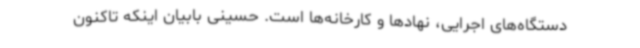
دستگاه‌های اجرایی، نهادها و کارخانه‌ها است. حسینی بابیان اینکه تاکنون